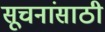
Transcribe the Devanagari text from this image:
सूचनांसाठी